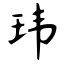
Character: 玮